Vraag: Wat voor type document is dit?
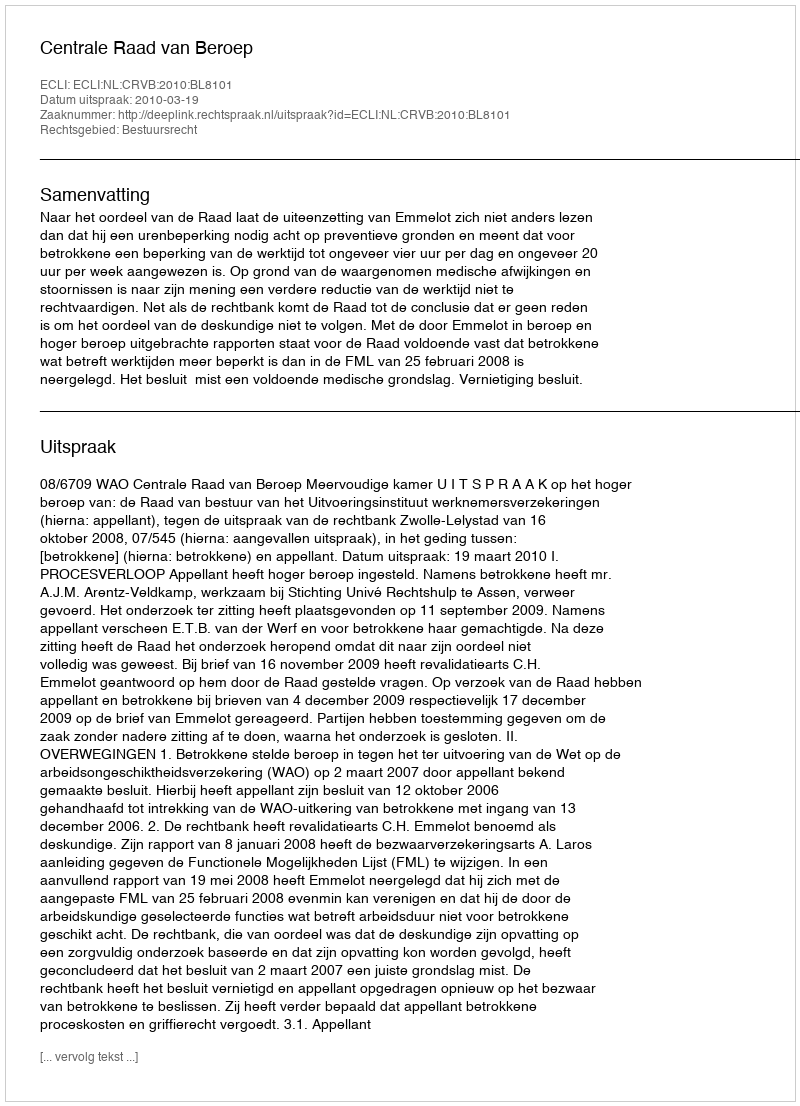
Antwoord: Uitspraak